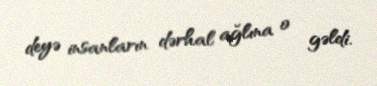
deyə insanların dərhal ağlına o gəldi.